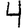
Digit: 4